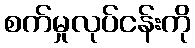
စက်မှုလုပ်ငန်းကို